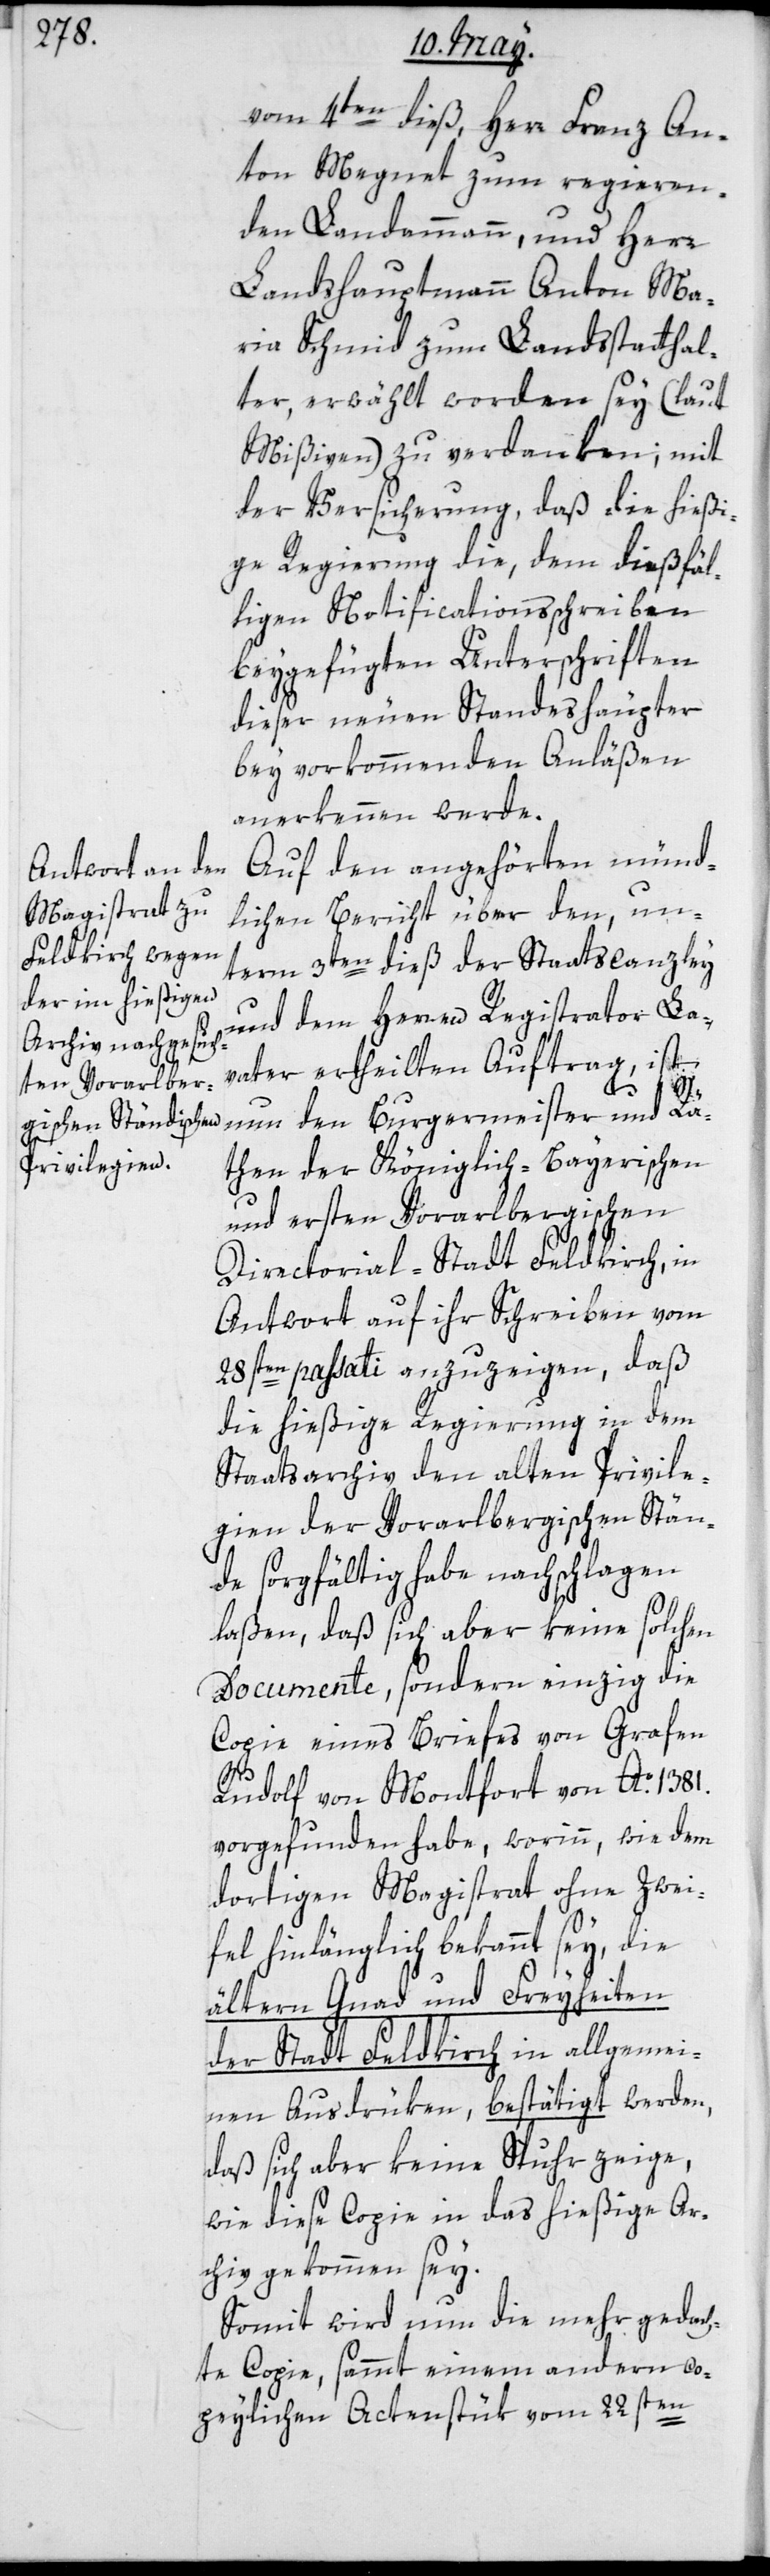
vom 4ten dieß, Herr Franz An¬
ton Megnet zum regieren¬
den Landammann, und Herr
Landshauptmann Anton Ma¬
ria Schmid zum Landstatthal¬
ter, erwählt worden sey (laut
Mißiven) zu verdanken; mit
der Versicherung, daß die hießi¬
ge Regierung die, dem dießfäl¬
ligen Notificationsschreiben
beygefügten Unterschriften
dieser neuen Standeshäupter
bey vorkommenden Anläßen
anerkennen werde.
Auf den angehörten münd¬
lichen Bericht über den, un¬
term 3ten dieß der Staatscanzley
und dem Herren Registrator La¬
vater ertheilten Auftrag, ist
nun den Burgermeister und Rä¬
then der Königlich-Bayerischen
und ersten Vorarlbergischen
Directorial-Stadt Feldkirch, in
Antwort auf ihr Schreiben vom
28sten passati anzuzeigen, daß
die hießige Regierung in dem
Staatsarchiv den alten Privile¬
gien der Vorarlbergischen Stän¬
de sorgfältig habe nachschlagen
laßen, daß sich aber keine solchen
Documente, sondern einzig die
Copie eines Briefes von Grafen
Rudolf von Montfort von Ao. 1381.
vorgefunden habe, worinn, wie dem
dortigen Magistrat ohne Zwei¬
fel hinlänglich bekannt sey, die
ältern Gnad und Freyheiten
der Stadt Feldkirch in allgemei¬
nen Ausdrüken, bestätigt werden,
daß sich aber keine Spuhr zeige,
wie diese Copie in das hießige Ar¬
chiv gekommen sey.
Somit wird nun die mehr gedach¬
te Copie, sammt einem andern co¬
peylichen Actenstük vom 22sten